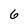
Character: 6